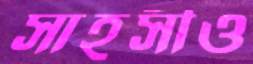
সাহসীও